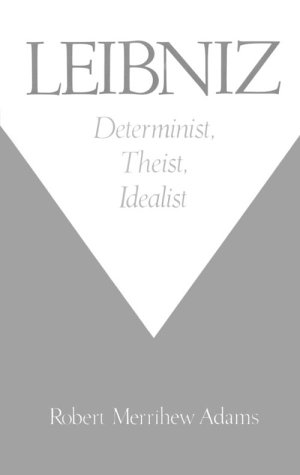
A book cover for Leibniz: Determinist, Theist, Idealist; Robert Merrihew Adams; Religion & Spirituality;